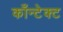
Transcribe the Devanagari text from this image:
काँन्टेक्ट